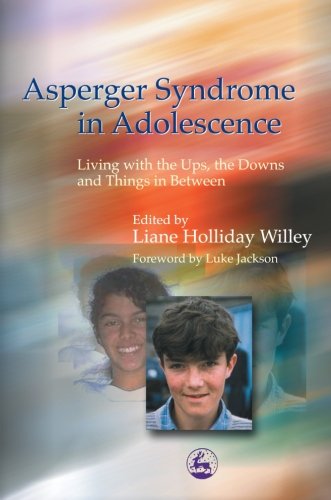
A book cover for Asperger Syndrome in Adolescence: Living With the Ups, the Downs and Things in Between; Health, Fitness & Dieting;